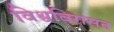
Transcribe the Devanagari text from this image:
विश्वविरासत